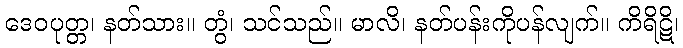
ဒေဝပုတ္တ၊ နတ်သား။ တွံ၊ သင်သည်။ မာလိ၊ နတ်ပန်းကိုပန်လျက်။ ကိရိဋိ၊